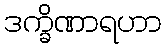
ဒက္ခိဏာရဟာ